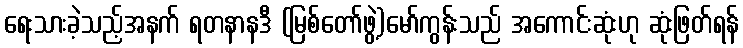
ရေးသားခဲ့သည့်အနက် ရတနာနဒီ (မြစ်တော်ဖွဲ့)မော်ကွန်းသည် အကောင်းဆုံးဟု ဆုံးဖြတ်ရန်